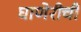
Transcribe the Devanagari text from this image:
घाणेरीची